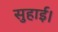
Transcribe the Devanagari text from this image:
सुहाई।